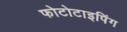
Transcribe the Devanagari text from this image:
फोटोटाइपिंग